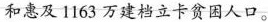
和惠及1163万建档立卡贫困人口。